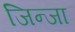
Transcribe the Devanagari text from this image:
जिन्जा